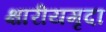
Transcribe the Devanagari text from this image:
क्षारीयमृदा